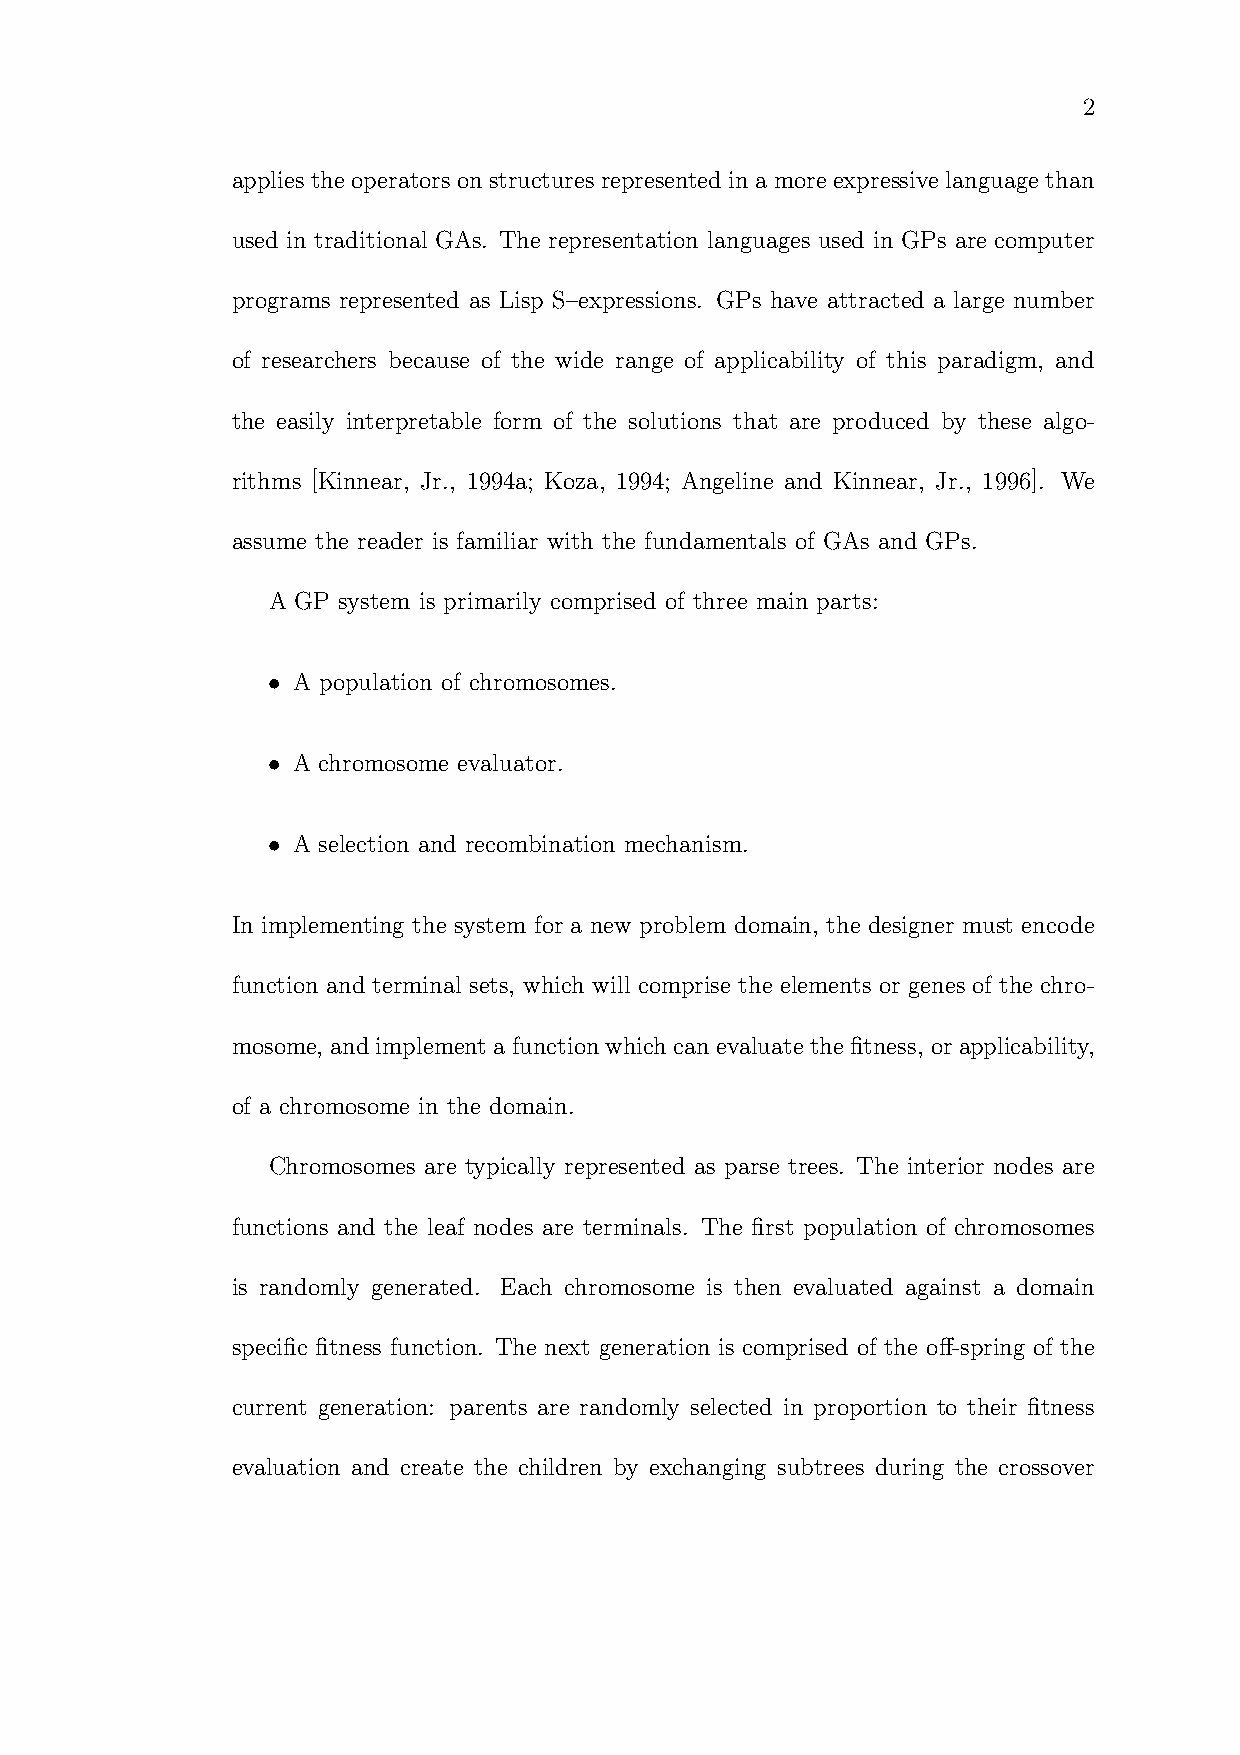
2
 applies theoperatorsonstructures represented ina moreexpressive languagethan
 used in traditional GAs. The representation languages used in GPs are computer
 programs represented as Lisp S–expressions. GPs have attracted a large number
 of researchers because of the wide range of applicability of this paradigm, and
 the easily interpretable form of the solutions that are produced by these algo-
 rithms [Kinnear, Jr., 1994a; Koza, 1994; Angeline and Kinnear, Jr., 1996]. We
 assume the reader is familiar with the fundamentals of GAs and GPs.
 A GP system is primarily comprised of three main parts:
 • A population of chromosomes.
 • A chromosome evaluator.
 • A selection and recombination mechanism.
 In implementing the system for a new problem domain, the designer must encode
 function and terminal sets, which will comprise the elements or genes of the chro-
 mosome, andimplement a functionwhich canevaluate thefitness, orapplicability,
 of a chromosome in the domain.
 Chromosomes are typically represented as parse trees. The interior nodes are
 functions and the leaf nodes are terminals. The first population of chromosomes
 is randomly generated. Each chromosome is then evaluated against a domain
 specific fitness function. The next generation is comprised of the off-spring of the
 current generation: parents are randomly selected in proportion to their fitness
 evaluation and create the children by exchanging subtrees during the crossover